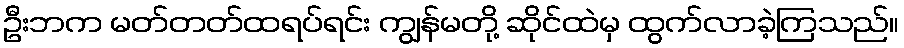
ဦးဘက မတ်တတ်ထရပ်ရင်း ကျွန်မတို့ ဆိုင်ထဲမှ ထွက်လာခဲ့ကြသည်။